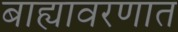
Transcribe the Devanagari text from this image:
बाह्यावरणात